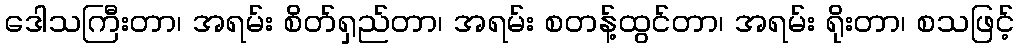
ဒေါသကြီးတာ၊ အရမ်း စိတ်ရှည်တာ၊ အရမ်း စတန့်ထွင်တာ၊ အရမ်း ရိုးတာ၊ စသဖြင့်